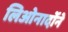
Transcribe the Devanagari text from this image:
लिओनार्दोने